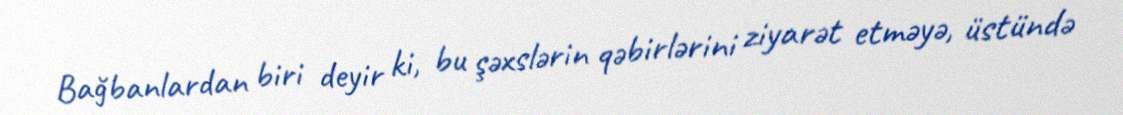
Bağbanlardan biri deyir ki, bu şəxslərin qəbirlərini ziyarət etməyə, üstündə